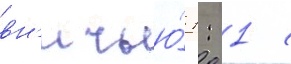
вн'ичью́ 1: 1 с